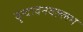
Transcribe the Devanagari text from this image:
वृन्दावनवल्लभ